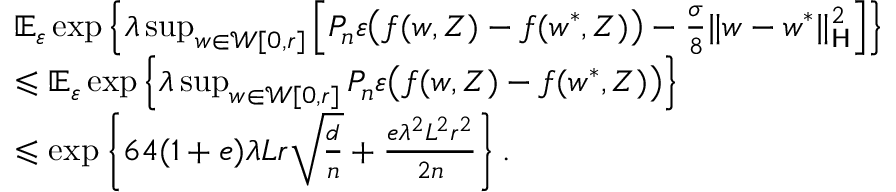
\begin{array} { r l } & { \mathbb E _ { \varepsilon } \exp \left\{ \lambda \operatorname* { s u p } _ { w \in \mathcal W [ 0 , r ] } \left[ P _ { n } \varepsilon \big ( f ( w , Z ) - f ( w ^ { * } , Z ) \big ) - \frac { \sigma } 8 \| w - w ^ { * } \| _ { \mathsf H } ^ { 2 } \right] \right\} } \\ & { \leqslant \mathbb E _ { \varepsilon } \exp \left\{ \lambda \operatorname* { s u p } _ { w \in \mathcal W [ 0 , r ] } P _ { n } \varepsilon \big ( f ( w , Z ) - f ( w ^ { * } , Z ) \big ) \right\} } \\ & { \leqslant \exp \left\{ 6 4 ( 1 + e ) \lambda L r \sqrt { \frac { d } n } + \frac { e \lambda ^ { 2 } L ^ { 2 } r ^ { 2 } } { 2 n } \right\} . } \end{array}